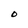
Character: O